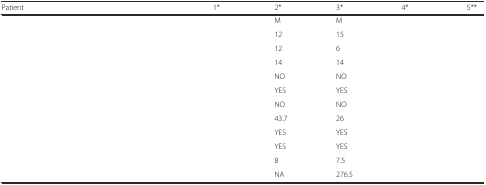
<table><thead><tr><td><b>Patient</b></td><td><b>1*</b></td><td><b>2*</b></td><td><b>3*</b></td><td><b>4*</b></td><td><b>5**</b></td></tr></thead><tbody><tr><td>[EMPTY_CELL]</td><td>[EMPTY_CELL]</td><td>M</td><td>M</td><td>[EMPTY_CELL]</td><td>[EMPTY_CELL]</td></tr><tr><td>[EMPTY_CELL]</td><td>[EMPTY_CELL]</td><td>12</td><td>15</td><td>[EMPTY_CELL]</td><td>[EMPTY_CELL]</td></tr><tr><td>[EMPTY_CELL]</td><td>[EMPTY_CELL]</td><td>12</td><td>6</td><td>[EMPTY_CELL]</td><td>[EMPTY_CELL]</td></tr><tr><td>[EMPTY_CELL]</td><td>[EMPTY_CELL]</td><td>14</td><td>14</td><td>[EMPTY_CELL]</td><td>[EMPTY_CELL]</td></tr><tr><td>[EMPTY_CELL]</td><td>[EMPTY_CELL]</td><td>NO</td><td>NO</td><td>[EMPTY_CELL]</td><td>[EMPTY_CELL]</td></tr><tr><td>[EMPTY_CELL]</td><td>[EMPTY_CELL]</td><td>YES</td><td>YES</td><td>[EMPTY_CELL]</td><td>[EMPTY_CELL]</td></tr><tr><td>[EMPTY_CELL]</td><td>[EMPTY_CELL]</td><td>NO</td><td>NO</td><td>[EMPTY_CELL]</td><td>[EMPTY_CELL]</td></tr><tr><td>[EMPTY_CELL]</td><td>[EMPTY_CELL]</td><td>43.7</td><td>26</td><td>[EMPTY_CELL]</td><td>[EMPTY_CELL]</td></tr><tr><td>[EMPTY_CELL]</td><td>[EMPTY_CELL]</td><td>YES</td><td>YES</td><td>[EMPTY_CELL]</td><td>[EMPTY_CELL]</td></tr><tr><td>[EMPTY_CELL]</td><td>[EMPTY_CELL]</td><td>YES</td><td>YES</td><td>[EMPTY_CELL]</td><td>[EMPTY_CELL]</td></tr><tr><td>[EMPTY_CELL]</td><td>[EMPTY_CELL]</td><td>8</td><td>7.5</td><td>[EMPTY_CELL]</td><td>[EMPTY_CELL]</td></tr><tr><td>[EMPTY_CELL]</td><td>[EMPTY_CELL]</td><td>NA</td><td>276.5</td><td>[EMPTY_CELL]</td><td>[EMPTY_CELL]</td></tr></tbody></table>